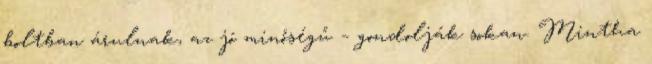
boltban árulnak, az jó minőségű – gondolják sokan. Mintha